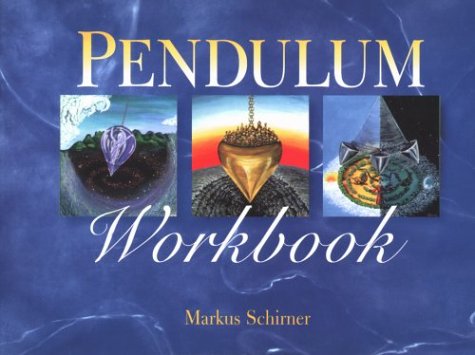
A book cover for Pendulum Workbook; Markus Schirner; Self-Help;